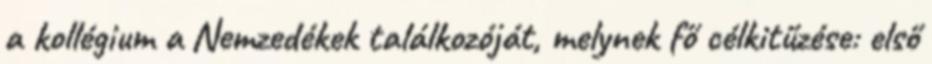
a kollégium a Nemzedékek találkozóját, melynek fő célkitűzése: első